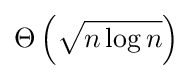
\Theta \left({\sqrt {n\log n}}\right)